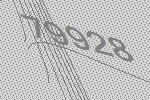
79928